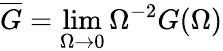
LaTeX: \overline{{G}}=\operatorname*{lim}_{\Omega\to 0}\Omega^{-2}G(\Omega)